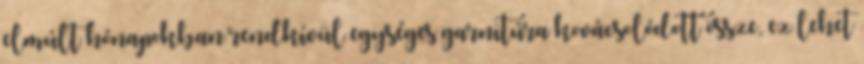
elmúlt hónapokban rendkívül egységes garnitúra kovácsolódott össze, ez lehet